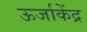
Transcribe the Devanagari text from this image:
ऊर्जाकेंद्र